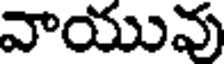
వాయువు